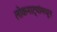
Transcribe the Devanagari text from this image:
लोकनाट्यांमधून